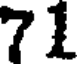
71